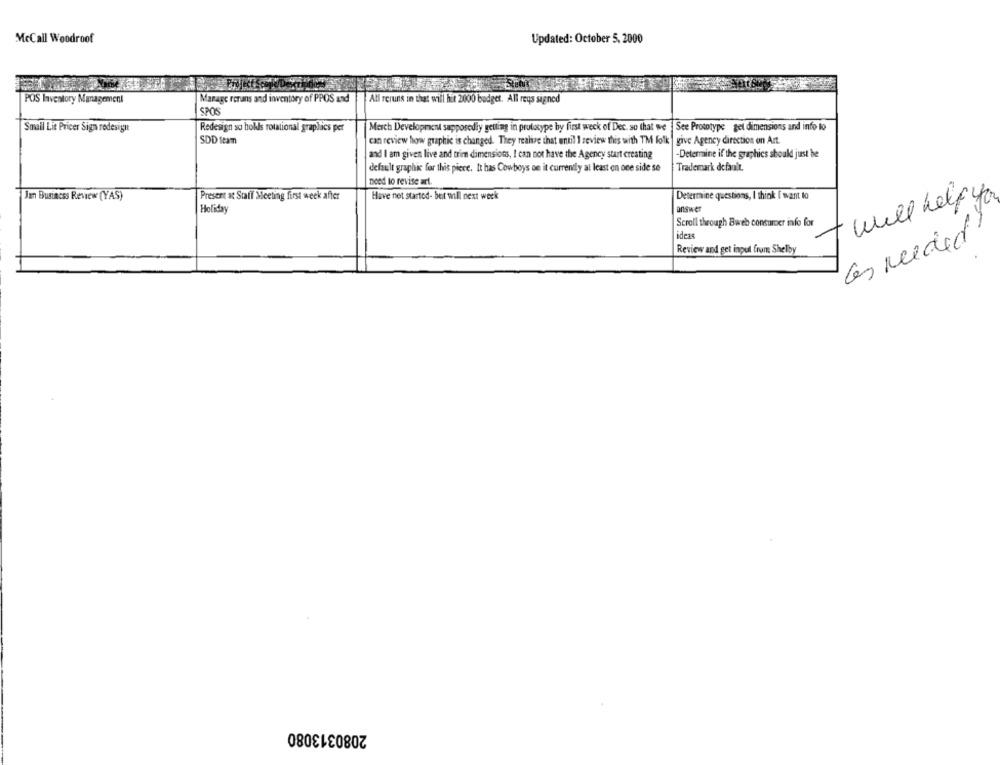
McCall Woodroof
Updated: October 5, 2000
POS Inventory Management
Manage rerans and inventory of PPOS and
All reruns in that will hit 2000 budget. All reys signed
SPOS
Smail Lit Pricer Sign redesigit
Redesign so holls rotational graphics per
Merch Development supposedly getting in prototype by first weck of Dec. so that we
See Prototype gel dimensions and info to
SDD Stam
can review how graphic is changed. They realize that until I zeview this with TM folk | give Agency direction on Art.
-Determine if the graphics should just be
and I am given live and trim dimensions, I can not have the Agency start creating
default graphic for this piece. It has Cowboys oe it currently at least on one side se
Trademark default.
need to revise art.
Jan Business Review (YAS)
Present at Staff Meeting first week after
Have net started- bet will next week
Determine questions, I think I want to
+ will help you
Holiday
answer
Scroll through Bweb consumer info for
ideas
Ces Needed.
Review and get inpul frum Shelby
2080313080